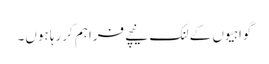
گواہیوں کے لنک نیچے فراہم کررہا ہوں۔